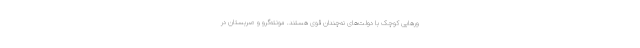
ورهایی کوچک با دولت‌های نه‌چندان قوی هستند. مونته‌گرو و صربستان در